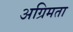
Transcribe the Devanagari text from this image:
अग्रिमता